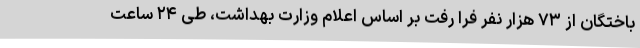
باختگان از ۷۳ هزار نفر فرا رفت بر اساس اعلام وزارت بهداشت، طی ۲۴ ساعت